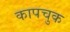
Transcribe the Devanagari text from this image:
कापचुक